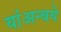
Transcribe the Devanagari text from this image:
यांअन्वये